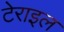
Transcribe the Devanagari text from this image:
टेराइल